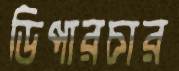
ডিপারচার